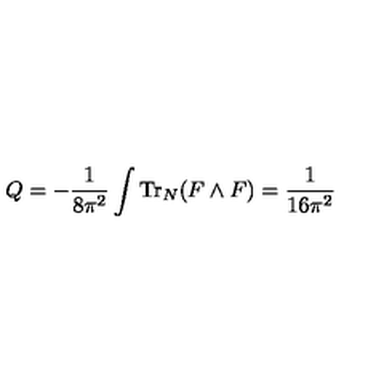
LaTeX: Q = - \frac { 1 } { 8 \pi ^ { 2 } } \int \mathrm { T r } _ { N } ( F \wedge F ) = \frac { 1 } { 1 6 \pi ^ { 2 } }